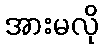
အားမလို